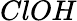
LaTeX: ClOH